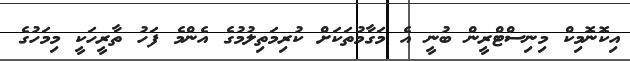
އިކޮނޮމިކް މިނިސްޓްރީން ބުނީ އެ މަގާމުތަަކަށް ކުރިމަތިލުމުގެ އެންމެ ފަހު ތާރީހަކީ މިމަހުގެ